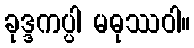
ခုဒ္ဒကပ္ပါ မဓုဿဝါ။